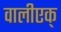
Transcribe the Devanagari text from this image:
वालीएक्